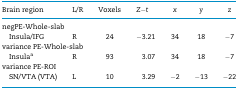
| Brain region | L/R | Voxels | Z−t | x | y | z |
 | --- | --- | --- | --- | --- | --- | --- |
 | <COLSPAN=7> negPE-Whole-slab |
 | Insula/IFG | R | 24 | −3.21 | 34 | 18 | −7 |
 | <COLSPAN=7> variance PE-Whole-slab |
 | Insulaa | R | 93 | 3.07 | 34 | 18 | −7 |
 | <COLSPAN=7> variance PE-ROI |
 | SN/VTA (VTA) | L | 10 | 3.29 | −2 | −13 | −22 |